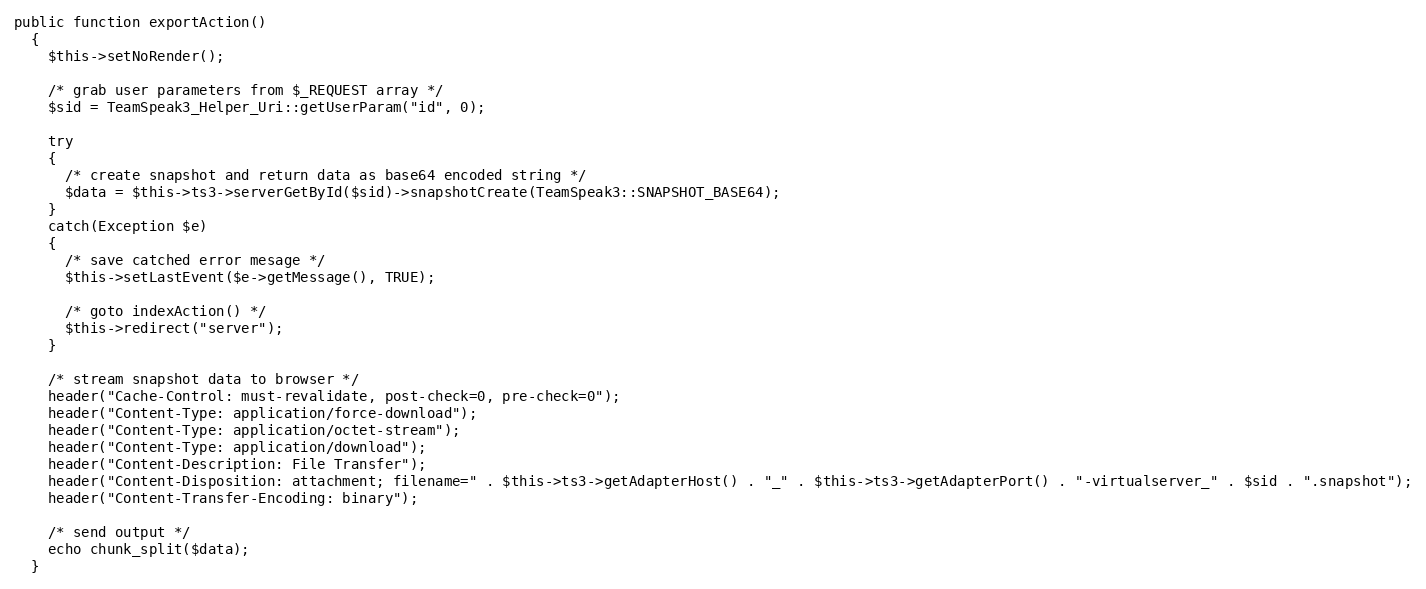
Language: PHP
public function exportAction()
  {
    $this->setNoRender();

    /* grab user parameters from $_REQUEST array */
    $sid = TeamSpeak3_Helper_Uri::getUserParam("id", 0);

    try
    {
      /* create snapshot and return data as base64 encoded string */
      $data = $this->ts3->serverGetById($sid)->snapshotCreate(TeamSpeak3::SNAPSHOT_BASE64);
    }
    catch(Exception $e)
    {
      /* save catched error mesage */
      $this->setLastEvent($e->getMessage(), TRUE);

      /* goto indexAction() */
      $this->redirect("server");
    }

    /* stream snapshot data to browser */
    header("Cache-Control: must-revalidate, post-check=0, pre-check=0");
    header("Content-Type: application/force-download");
    header("Content-Type: application/octet-stream");
    header("Content-Type: application/download");
    header("Content-Description: File Transfer");
    header("Content-Disposition: attachment; filename=" . $this->ts3->getAdapterHost() . "_" . $this->ts3->getAdapterPort() . "-virtualserver_" . $sid . ".snapshot");
    header("Content-Transfer-Encoding: binary");

    /* send output */
    echo chunk_split($data);
  }